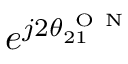
e ^ { j 2 \theta _ { 2 1 } ^ { \mathrm { ~ O ~ N ~ } } }